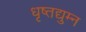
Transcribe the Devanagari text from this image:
धृष्तद्युम्न